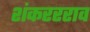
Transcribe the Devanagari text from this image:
शंकररराव